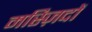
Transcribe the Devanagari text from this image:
मस्ज़िदों